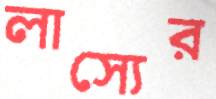
লাস্যের